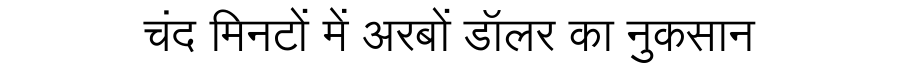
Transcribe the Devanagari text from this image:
चंद मिनटों में अरबों डॉलर का नुकसान